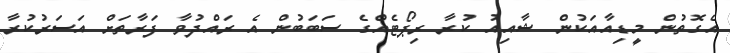
އެގޮތުން މީޑިއާއަކުން ޝާއިއު ކުރާ ރިޕޯޓެއްގެ ސަބަބުން އެ ރައްދުވާ ފަރާތަށް އަސަރުކުރާ